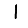
Digit: 1